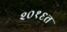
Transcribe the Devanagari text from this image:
२०१६त